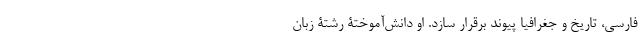
فارسی، تاریخ و جغرافیا پیوند برقرار سازد. او دانش‌آموختۀ رشتۀ زبان